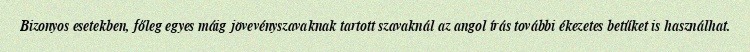
Bizonyos esetekben, főleg egyes máig jövevényszavaknak tartott szavaknál az angol írás további ékezetes betűket is használhat.